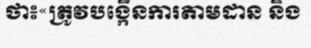
ថា៖«ត្រូវបង្កើនការតាមដាន និង